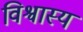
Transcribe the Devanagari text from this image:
विश्वास्य